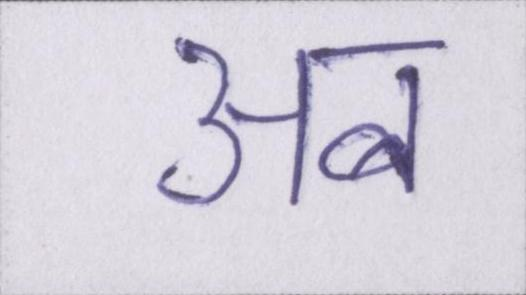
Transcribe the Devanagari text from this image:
अब